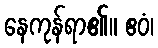
နေကုန်ရာ၏။ ဧဝံ၊